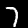
Digit: 7